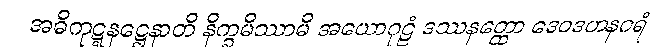
အဓိကုဋ္ဋနဋ္ဌေနာတိ နိက္ခမိဿာမိ အယောဂုဠံ ဒဿနတ္ထော ဒေဝဒဟနဂရံ